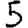
Digit: 5